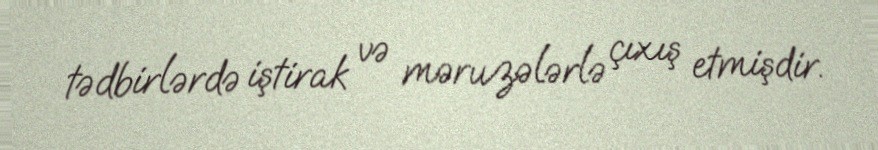
tədbirlərdə iştirak və məruzələrlə çıxış etmişdir.